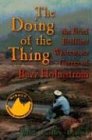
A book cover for The Doing of the Thing: The Brief, Brilliant Whitewater Career of Buzz Holmstrom (New Edition); Vince Welch; Sports & Outdoors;